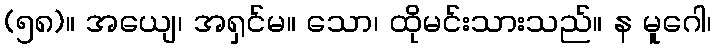
(၅၈)။ အယျေ၊ အရှင်မ။ သော၊ ထိုမင်းသားသည်။ န မူဂေါ၊